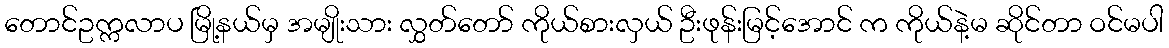
တောင်ဥက္ကလာပ မြို့နယ်မှ အမျိုးသား လွှတ်တော် ကိုယ်စားလှယ် ဦးဖုန်းမြင့်အောင် က ကိုယ်နဲ့မ ဆိုင်တာ ဝင်မပါ